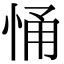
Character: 悀